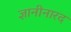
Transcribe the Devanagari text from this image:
ज्ञानीनारद